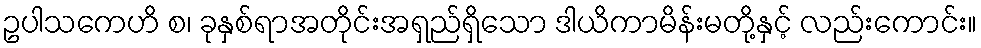
ဥပါသကေဟိ စ၊ ခုနှစ်ရာအတိုင်းအရှည်ရှိသော ဒါယိကာမိန်းမတို့နှင့် လည်းကောင်း။